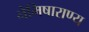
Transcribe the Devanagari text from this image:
नेमिषाराण्य